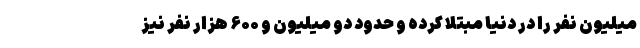
میلیون نفر را در دنیا مبتلا کرده و حدود دو میلیون و ۶۰۰ هزار نفر نیز